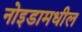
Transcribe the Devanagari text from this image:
नोइडामधील